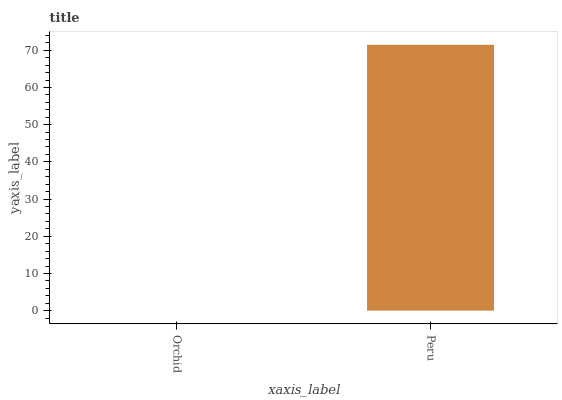
| xaxis_label | bars |
 | --- | --- |
 | Orchid | 0 |
 | Peru | 71.5 |